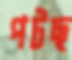
পটছ